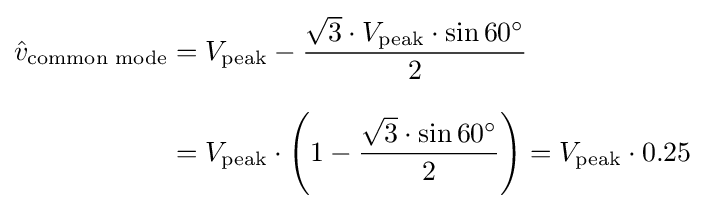
{\begin{aligned}{\hat {v}}_{\text{common mode}}={}&V_{\mathrm {peak} }-{\frac {{\sqrt {3}}\cdot V_{\mathrm {peak} }\cdot \sin 60^{\circ }}{2}}\\[8pt]={}&V_{\mathrm {peak} }\cdot {\Biggl (}1-{\frac {{\sqrt {3}}\cdot \sin 60^{\circ }}{2}}{\Biggl )}=V_{\mathrm {peak} }\cdot 0.25\end{aligned}}